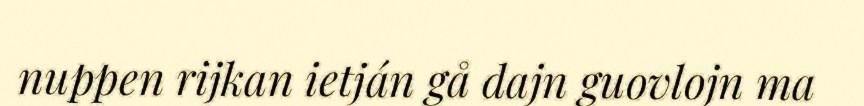
nuppen rijkan ietján gå dajn guovlojn ma